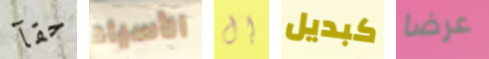
حقآ الأسياد إل كبديل عرضا